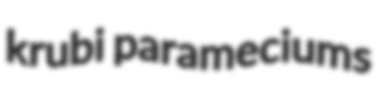
krubi parameciums